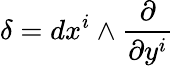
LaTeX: \delta=dx^{i}\wedge\frac{\partial}{\partial y^{i}}